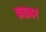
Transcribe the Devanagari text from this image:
फ्राइबर्ग